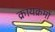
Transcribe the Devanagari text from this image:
क्रायक्रमों